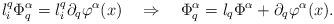
LaTeX: \begin{align*}l^q_i\Phi^\alpha_{q}=l^q_i\partial_q\varphi^\alpha(x) ~~~\Rightarrow~~~\Phi^\alpha_{q}=l_q\Phi^\alpha+\partial_q\varphi^\alpha(x).\end{align*}